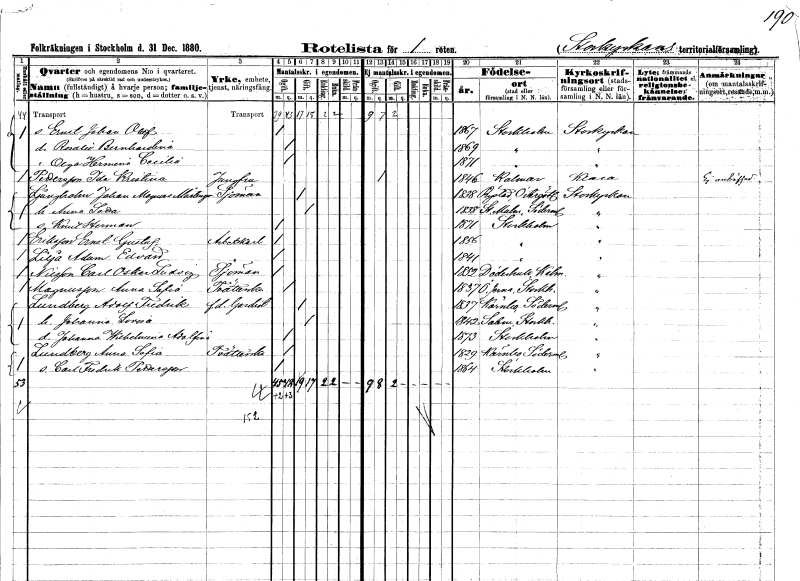
gt_parse: households: individuals: FN: Ernst Johan Olof
KON: M
CIV: O
FODAR: 1867
FODFORS: Stockholm
FN: Rosalie Bernhardina
KON: K
CIV: O
FODAR: 1869
FODFORS: Stockholm
FN: Olga Hermeni Cecilia
KON: K
CIV: O
FODAR: 1871
FODFORS: Stockholm
FN: Ida Kristina
EN: Pettersson
YRKE: Jungfru
KON: K
CIV: O
FODAR: 1846
FODFORS: Kalmar Kalmar län
FN: Johan Magnus
EN: Ljungholm Mårtengren
YRKE: Sjöman
KON: M
CIV: G
FODAR: 1838
FODFORS: Rystad Östergötlands län
FN: Anna Lotta
KON: K
CIV: G
FODAR: 1838
FODFORS: Stora Malm Södermanlands län
FN: Knut Herman
KON: M
CIV: O
FODAR: 1871
FODFORS: Stockholm
FN: Ernst Gustaf
EN: Eriksson
YRKE: Arbetskarl
KON: M
CIV: O
FODAR: 1856
FODFORS: Stockholm
FN: Adam Edvard
EN: Lilja
YRKE: Arbetskarl
KON: M
CIV: O
FODAR: 1841
FODFORS: Stockholm
FN: Carl Oskar Ludvig
EN: Nilsson
YRKE: Sjöman
KON: M
CIV: O
FODAR: 1852
FODFORS: Döderhult Kalmar län
FN: Anna Sofia
EN: Magnusson
YRKE: Tvätterska
KON: K
CIV: O
FODAR: 1837
FODFORS: Överjärna Stockholms län
FN: Adolf Fredrik
EN: Lundberg
YRKE: Gardist f.d.
KON: M
CIV: G
FODAR: 1837
FODFORS: Kärnbo Södermanlands län
FN: Johanna Lovisa
KON: K
CIV: G
FODAR: 1842
FODFORS: Salem Stockholms län
FN: Johanna Wilhelmina Adolfina
KON: K
CIV: O
FODAR: 1873
FODFORS: Stockholm
FN: Anna Sofia
EN: Lundberg
YRKE: Tvätterska
KON: K
CIV: O
FODAR: 1829
FODFORS: Kärnbo Södermanlands län
FN: Carl Fredrik
EN: Pettersson
KON: M
CIV: O
FODAR: 1864
FODFORS: Stockholm